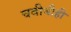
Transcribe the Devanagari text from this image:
चवीचीही